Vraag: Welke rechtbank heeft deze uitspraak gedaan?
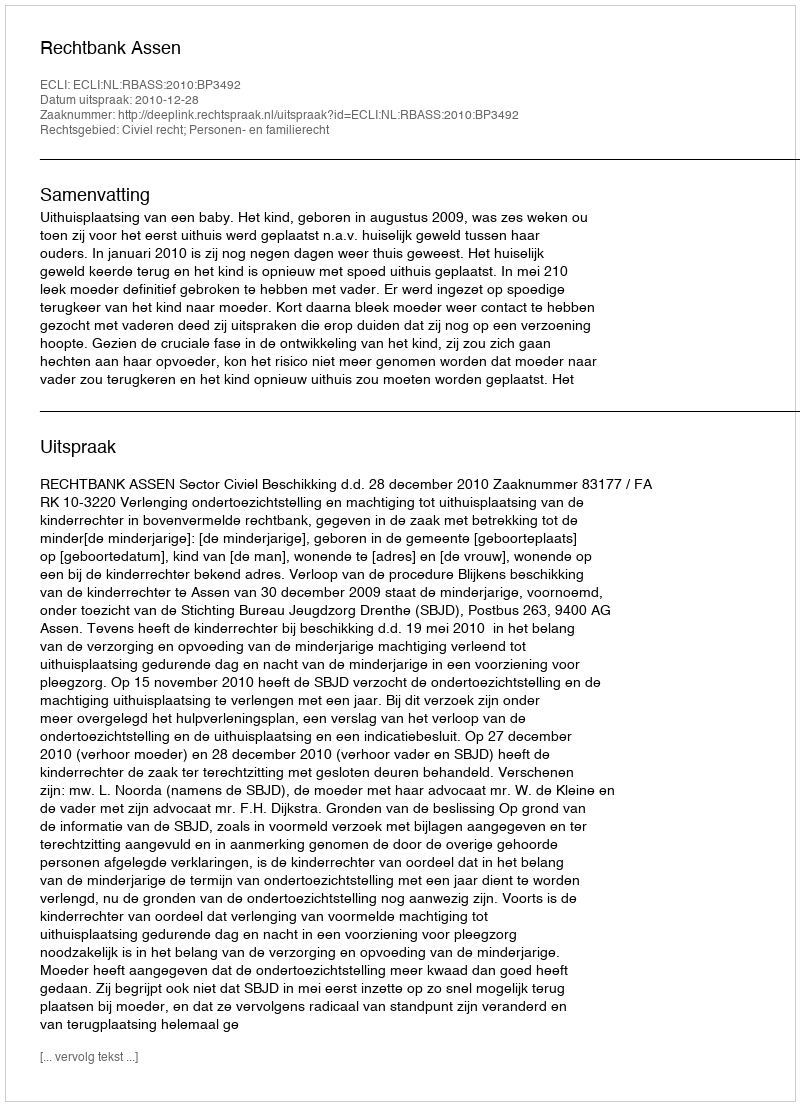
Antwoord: Rechtbank Assen